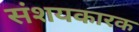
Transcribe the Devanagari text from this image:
संशयकारक